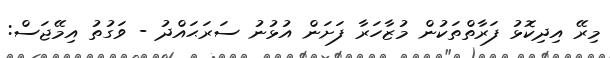
މިރޭ އިދިކޮޅު ފަރާތްތަކުން މުޒާހަރާ ފަށަން އުޅުނު ސަރަޙައްދު - ވަގުތު އިމޭޖަސް: